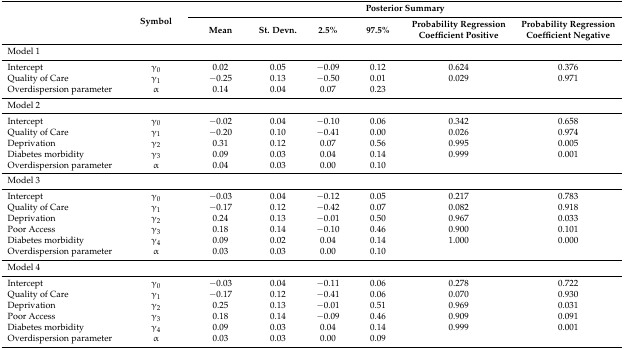
<table><thead><tr><td rowspan="2"></td><td rowspan="2"><b>Symbol</b></td><td colspan="6"><b>Posterior Summary</b></td></tr><tr><td><b>Mean</b></td><td><b>St. Devn.</b></td><td><b>2.5%</b></td><td><b>97.5%</b></td><td><b>Probability Regression Coefficient Positive</b></td><td><b>Probability Regression Coefficient Negative</b></td></tr></thead><tbody><tr><td>Model 1</td><td></td><td></td><td></td><td></td><td></td><td></td><td></td></tr><tr><td>Intercept</td><td>γ<sub>0</sub></td><td>0.02</td><td>0.05</td><td>−0.09</td><td>0.12</td><td>0.624</td><td>0.376</td></tr><tr><td>Quality of Care</td><td>γ<sub>1</sub></td><td>−0.25</td><td>0.13</td><td>−0.50</td><td>0.01</td><td>0.029</td><td>0.971</td></tr><tr><td>Overdispersion parameter</td><td>α</td><td>0.14</td><td>0.04</td><td>0.07</td><td>0.23</td><td></td><td></td></tr><tr><td>Model 2</td><td></td><td></td><td></td><td></td><td></td><td></td><td></td></tr><tr><td>Intercept</td><td>γ<sub>0</sub></td><td>−0.02</td><td>0.04</td><td>−0.10</td><td>0.06</td><td>0.342</td><td>0.658</td></tr><tr><td>Quality of Care</td><td>γ<sub>1</sub></td><td>−0.20</td><td>0.10</td><td>−0.41</td><td>0.00</td><td>0.026</td><td>0.974</td></tr><tr><td>Deprivation</td><td>γ<sub>2</sub></td><td>0.31</td><td>0.12</td><td>0.07</td><td>0.56</td><td>0.995</td><td>0.005</td></tr><tr><td>Diabetes morbidity</td><td>γ<sub>3</sub></td><td>0.09</td><td>0.03</td><td>0.04</td><td>0.14</td><td>0.999</td><td>0.001</td></tr><tr><td>Overdispersion parameter</td><td>α</td><td>0.04</td><td>0.03</td><td>0.00</td><td>0.10</td><td></td><td></td></tr><tr><td>Model 3</td><td></td><td></td><td></td><td></td><td></td><td></td><td></td></tr><tr><td>Intercept</td><td>γ<sub>0</sub></td><td>−0.03</td><td>0.04</td><td>−0.12</td><td>0.05</td><td>0.217</td><td>0.783</td></tr><tr><td>Quality of Care</td><td>γ<sub>1</sub></td><td>−0.17</td><td>0.12</td><td>−0.42</td><td>0.07</td><td>0.082</td><td>0.918</td></tr><tr><td>Deprivation</td><td>γ<sub>2</sub></td><td>0.24</td><td>0.13</td><td>−0.01</td><td>0.50</td><td>0.967</td><td>0.033</td></tr><tr><td>Poor Access</td><td>γ<sub>3</sub></td><td>0.18</td><td>0.14</td><td>−0.10</td><td>0.46</td><td>0.900</td><td>0.101</td></tr><tr><td>Diabetes morbidity</td><td>γ<sub>4</sub></td><td>0.09</td><td>0.02</td><td>0.04</td><td>0.14</td><td>1.000</td><td>0.000</td></tr><tr><td>Overdispersion parameter</td><td>α</td><td>0.03</td><td>0.03</td><td>0.00</td><td>0.10</td><td></td><td></td></tr><tr><td>Model 4</td><td></td><td></td><td></td><td></td><td></td><td></td><td></td></tr><tr><td>Intercept</td><td>γ<sub>0</sub></td><td>−0.03</td><td>0.04</td><td>−0.11</td><td>0.06</td><td>0.278</td><td>0.722</td></tr><tr><td>Quality of Care</td><td>γ<sub>1</sub></td><td>−0.17</td><td>0.12</td><td>−0.41</td><td>0.06</td><td>0.070</td><td>0.930</td></tr><tr><td>Deprivation</td><td>γ<sub>2</sub></td><td>0.25</td><td>0.13</td><td>−0.01</td><td>0.51</td><td>0.969</td><td>0.031</td></tr><tr><td>Poor Access</td><td>γ<sub>3</sub></td><td>0.18</td><td>0.14</td><td>−0.09</td><td>0.46</td><td>0.909</td><td>0.091</td></tr><tr><td>Diabetes morbidity</td><td>γ<sub>4</sub></td><td>0.09</td><td>0.03</td><td>0.04</td><td>0.14</td><td>0.999</td><td>0.001</td></tr><tr><td>Overdispersion parameter</td><td>α</td><td>0.03</td><td>0.03</td><td>0.00</td><td>0.09</td><td></td><td></td></tr></tbody></table>